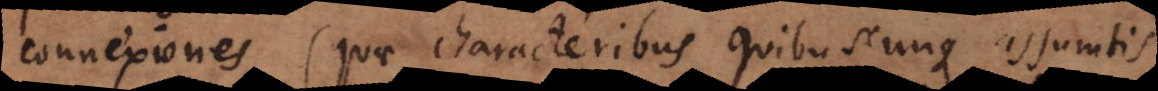
connexiones (quae characteribus quibuscunque assumtis